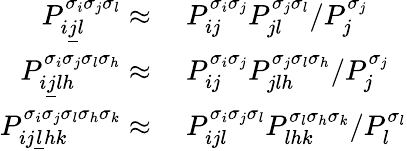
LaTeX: \begin{array}{rl}{P_{i\underline{{j}}l}^{\sigma_{i}\sigma_{j}\sigma_{l}}\approx}&{\ P_{ij}^{\sigma_{i}\sigma_{j}}P_{jl}^{\sigma_{j}\sigma_{l}}/P_{j}^{\sigma_{j}}}\\ {P_{i\underline{{j}}lh}^{\sigma_{i}\sigma_{j}\sigma_{l}\sigma_{h}}\approx}&{\ P_{ij}^{\sigma_{i}\sigma_{j}}P_{jlh}^{\sigma_{j}\sigma_{l}\sigma_{h}}/P_{j}^{\sigma_{j}}}\\ {P_{ij\underline{{l}}hk}^{\sigma_{i}\sigma_{j}\sigma_{l}\sigma_{h}\sigma_{k}}\approx}&{\ P_{ijl}^{\sigma_{i}\sigma_{j}\sigma_{l}}P_{lhk}^{\sigma_{l}\sigma_{h}\sigma_{k}}/P_{l}^{\sigma_{l}}}\end{array}